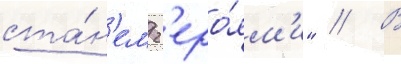
ста́н'ем г'еро́ям'и" // В